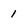
Character: i